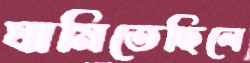
ঘামিতেছিলে